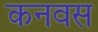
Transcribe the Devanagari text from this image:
कनवस